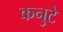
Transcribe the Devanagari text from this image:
कनुटे